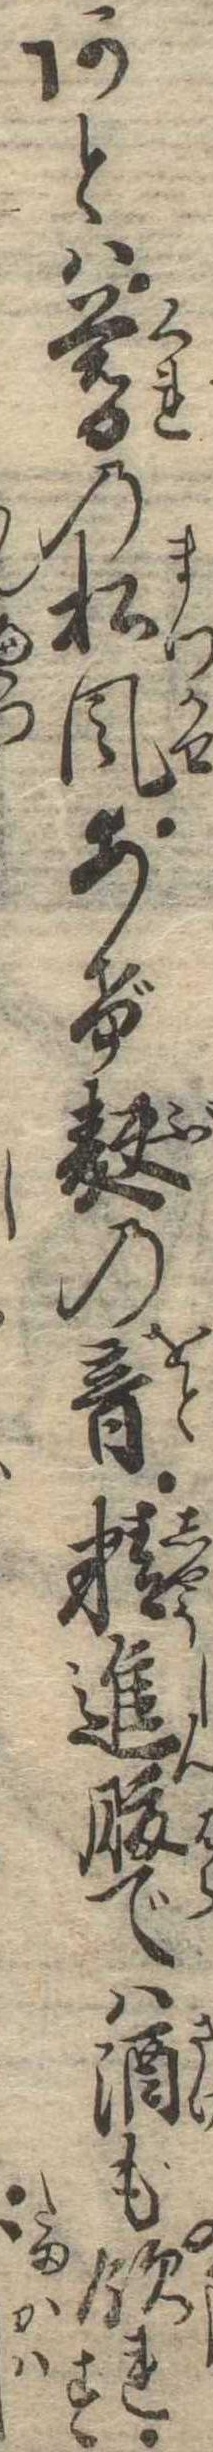
あとは暮の松風あげ麩の音精進腹では酒も飲れす